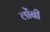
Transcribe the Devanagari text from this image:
लोंबी